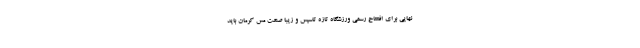
نهایی برای افتتاح رسمی ورزشگاه تازه تاسیس و زیبا صنعت مس کرمان باید